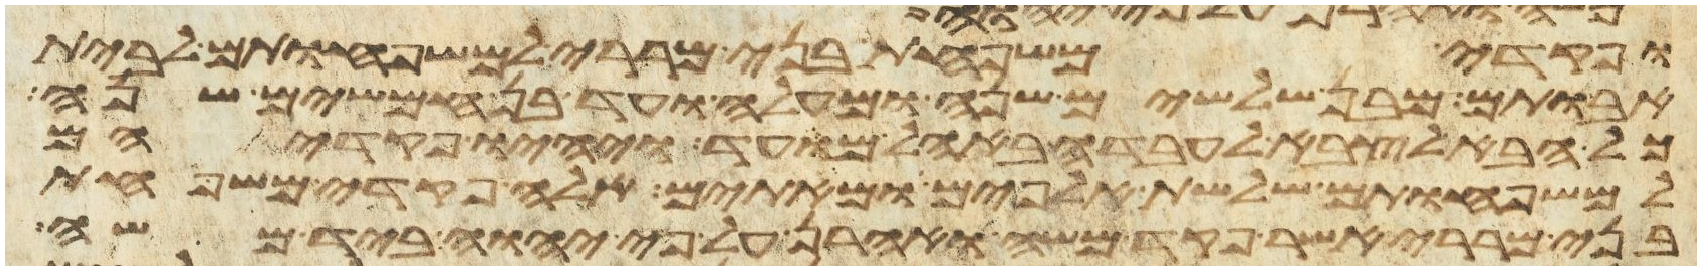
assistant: ופקדי משפחת בני מררי למשפחותם לבית
אבותם מבן שלשים שנה ומעלה ועד בן חמשים שנה
כל הבא לצבא לעבדה באהל מועד ויהיו פקדיהם
למשפחותם שלשת אלפים ומאתים אלה פקדי משפחת
בני מררי אשר פקד משה ואהרן על פי יהוה ביד משה